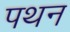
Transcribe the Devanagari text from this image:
पथन